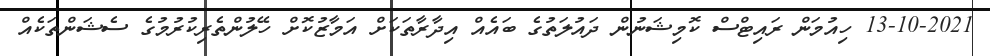
13-10-2021 ހިއުމަން ރައިޓްސް ކޮމިޝަނުން ދައުލަތުގެ ބައެއް އިދާރާތަކަށް އަމާޒުކޮށް ހޭލުންތެރިކުރުމުގެ ސެޝަންތަކެއް